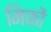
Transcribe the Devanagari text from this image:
मिकों